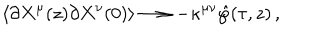
\left< \partial X ^ { \mu } ( z ) \partial X ^ { \nu } ( 0 ) \right> \longrightarrow - \kappa ^ { \mu \nu } \hat { \wp } ( \tau , z ) \, ,